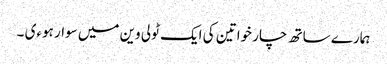
ہمارے ساتھ چار خواتین کی ایک ٹولی وین میں سوار ہوءی ۔